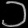
Digit: ၁